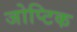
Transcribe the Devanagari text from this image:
जोप्टिक